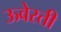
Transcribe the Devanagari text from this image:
ऊवेरती